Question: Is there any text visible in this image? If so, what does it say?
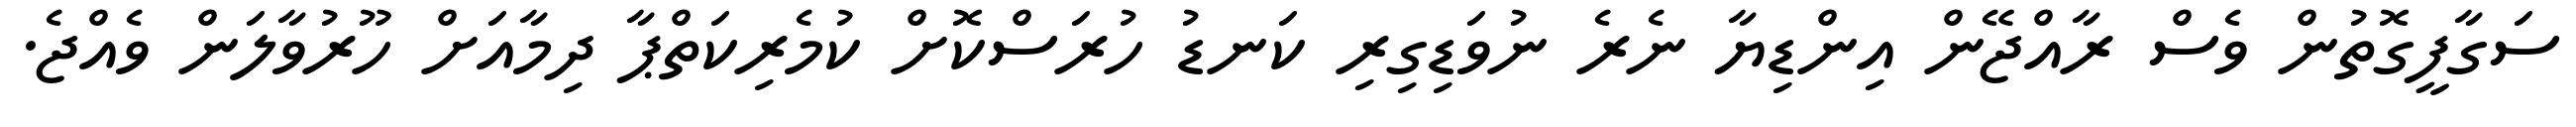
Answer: ސަގާފީގޮތުން ވެސް ރާއްޖޭން އިންޑިޔާ ނެރެ ނުވަޑިގިރި ކަނޑު ހުރަސްކޮށް ކުމެރިކަތްޕާ ދިމާއަށް ހޫރުވާލަން ވެއްޖެ.